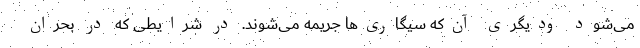
می‌شود ودیگری آن‌که سیگاری‌ها جریمه می‌شوند. در شرایطی که در بحران